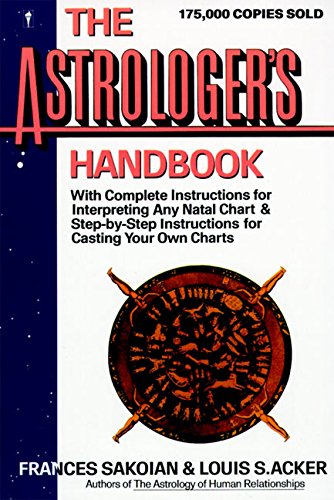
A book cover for The Astrologer's Handbook (HarperResource Book); Frances Sakoian; Religion & Spirituality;